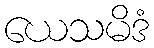
ယေသမိဒံ